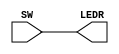
module switch_to_led(SW, LEDR);	//create module Switch_to_LED

input [9:0] SW;    // input declarations: 10 switches 
output [9:0] LEDR; // output declarations: 10 red LEDs 
assign LEDR = SW;  // connect switches to LEDs

endmodule